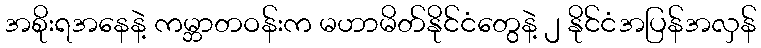
အစိုးရအနေနဲ့ ကမ္ဘာတဝန်းက မဟာမိတ်နိုင်ငံတွေနဲ့ ၂ နိုင်ငံအပြန်အလှန်